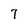
Character: 7